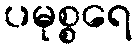
ပမုစ္စရေ